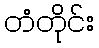
တံတိုင်း